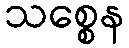
သစ္စေန